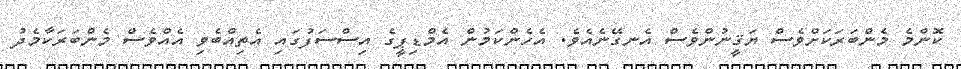
ކޮންމެ މެންބަރަކަށްވެސް ޔަޤީނުންވެސް އެނގޭނެއެވެ. އެހެންކަމުން އެމްޑިޕީގެ އިސްސަފުގައި އެތިއްބެވި އެއްވެސް މެންބަރަކާމެދު